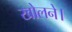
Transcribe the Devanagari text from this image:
खोलने।